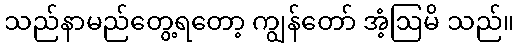
သည်နာမည်တွေ့ရတော့ ကျွန်တော် အံ့ဩမိ သည်။